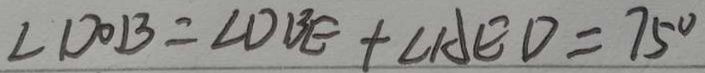
\angle D O B = \angle D B E + \angle A E D = 7 5 ^ { \circ }